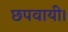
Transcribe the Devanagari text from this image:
छपवायी।